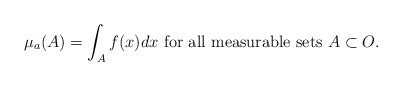
\begin{align*}\mu_a(A)=\int_A f(x)dx\hbox{ for all measurable sets }A\subset O.\end{align*}